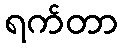
ရက်တာ